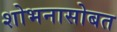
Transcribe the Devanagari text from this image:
शोभनासोबत